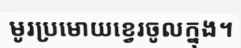
មូរប្រមោយខ្វេរចូលក្នុង។